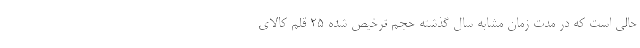
حالی است که در مدت زمان مشابه سال گذشته حجم ترخیص شده ۲۵ قلم کالای